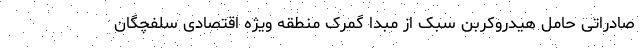
صادراتی حامل هیدروکربن سبک از مبدا گمرک منطقه ویژه اقتصادی سلفچگان